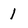
Character: 1